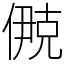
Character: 鿙